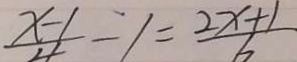
\frac { x - 1 } { 4 } - 1 = \frac { 2 x + 1 } { 6 }